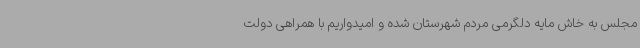
مجلس به خاش مایه دلگرمی مردم شهرستان شده و امیدواریم با همراهی دولت